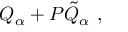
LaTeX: Q _ { \alpha } + P { \tilde { Q } } _ { \alpha } \ ,